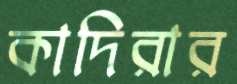
কাদিরার